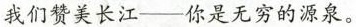
我们赞美长江——你是无穷的源泉。